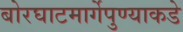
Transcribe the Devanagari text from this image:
बोरघाटमार्गेपुण्याकडे